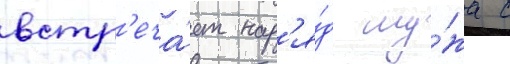
встр'еча́ет нар'я́д му́жа с